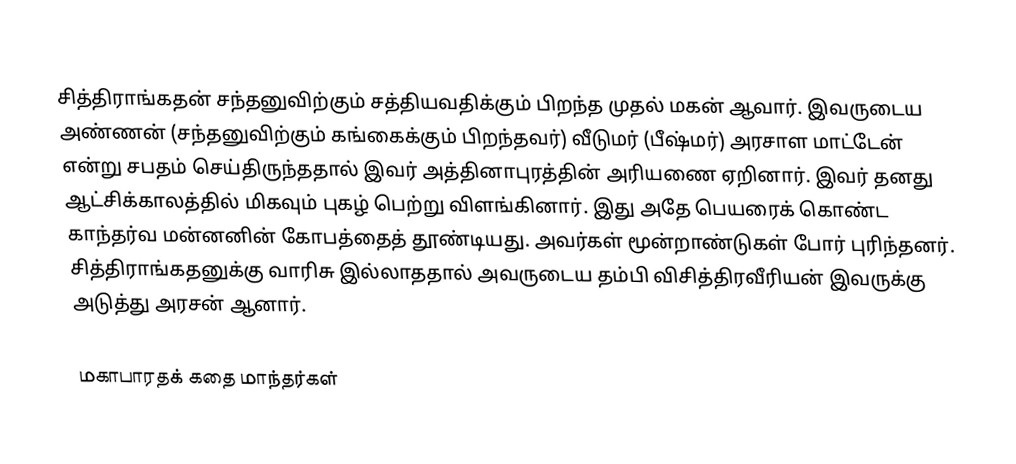
சித்திராங்கதன் சந்தனுவிற்கும் சத்தியவதிக்கும் பிறந்த முதல் மகன் ஆவார். இவருடைய அண்ணன் (சந்தனுவிற்கும் கங்கைக்கும் பிறந்தவர்) வீடுமர் (பீஷ்மர்) அரசாள மாட்டேன் என்று சபதம் செய்திருந்ததால் இவர் அத்தினாபுரத்தின் அரியணை ஏறினார். இவர் தனது ஆட்சிக்காலத்தில் மிகவும் புகழ் பெற்று விளங்கினார். இது அதே பெயரைக் கொண்ட காந்தர்வ மன்னனின் கோபத்தைத் தூண்டியது. அவர்கள் மூன்றாண்டுகள் போர் புரிந்தனர். சித்திராங்கதனுக்கு வாரிசு இல்லாததால் அவருடைய தம்பி விசித்திரவீரியன் இவருக்கு அடுத்து அரசன் ஆனார்.

மகாபாரதக் கதை மாந்தர்கள்